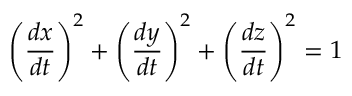
\left( { \frac { d x } { d t } } \right) ^ { 2 } + \left( { \frac { d y } { d t } } \right) ^ { 2 } + \left( { \frac { d z } { d t } } \right) ^ { 2 } = 1